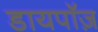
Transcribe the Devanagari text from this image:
डायपॉज़